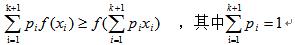
$\sum_{i=1}^{k+1} p_{i} f\left(x_{i}\right) \geq f\left(\sum_{i=1}^{k+1} p_{i} x_{i}\right), \text { 其中 } \sum_{i=1}^{k+1} p_{i}=1$